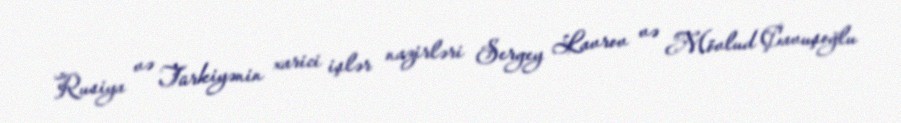
Rusiya və Türkiyənin xarici işlər nazirləri Sergey Lavrov və Mövlud Çavuşoğlu